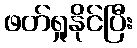
ဖတ်ရှုနိုင်ပြီး